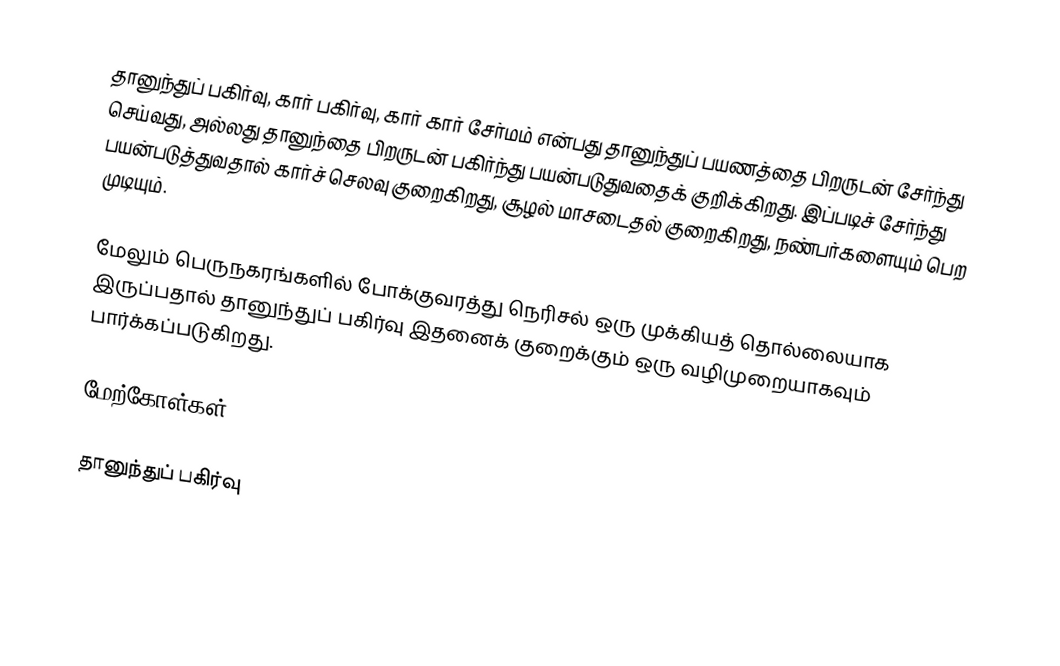
தானுந்துப் பகிர்வு, கார் பகிர்வு, கார் கார் சேர்மம் என்பது தானுந்துப் பயணத்தை பிறருடன் சேர்ந்து செய்வது, அல்லது தானுந்தை பிறருடன் பகிர்ந்து பயன்படுதுவதைக் குறிக்கிறது.  இப்படிச் சேர்ந்து பயன்படுத்துவதால் கார்ச் செலவு குறைகிறது, சூழல் மாசடைதல் குறைகிறது, நண்பர்களையும் பெற முடியும்.

மேலும் பெருநகரங்களில் போக்குவரத்து நெரிசல் ஒரு முக்கியத் தொல்லையாக இருப்பதால் தானுந்துப் பகிர்வு இதனைக் குறைக்கும் ஒரு வழிமுறையாகவும் பார்க்கப்படுகிறது.

மேற்கோள்கள்

தானுந்துப் பகிர்வு